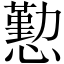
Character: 懃